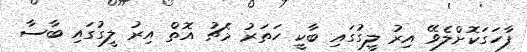
ފާހަގަކޮށްލެވޭ އިރު ލީގުގައި ބާކީ ހަތަރު މެޗު އޮތް އިރު ލީގުގައި ބާސާ